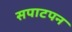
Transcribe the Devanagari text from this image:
सपाटपन